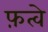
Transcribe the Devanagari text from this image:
फ़त्वे